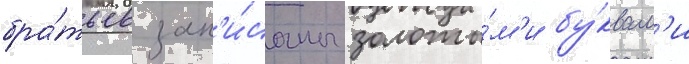
бра́тьев зап'и́саны золоты́м'и бу́квам'и